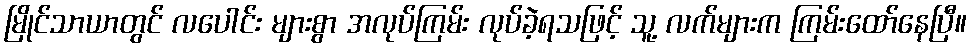
မြိုင်သာယာတွင် လပေါင်း များစွာ အလုပ်ကြမ်း လုပ်ခဲ့ရသဖြင့် သူ့ လက်များက ကြမ်းထော်နေပြီ။